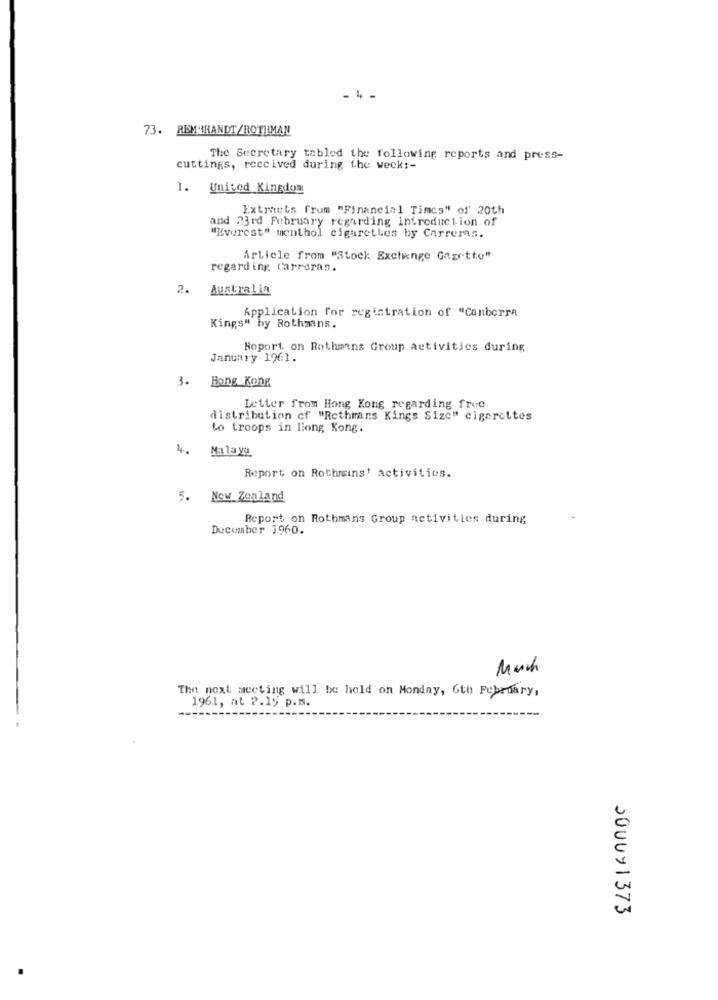
- 4 -
73. REMBRANDT/ROTHMAN
The Secretary tabled the following reports and press-
cuttings, received during the week :-
1. United Kingdom
Extracts from "Financial Times" of' 20th
and 23rd February regarding introduction of
"Everest" menthol cigaretles by Carreras.
Article from "Stock Exchange Gazette"
regard ing. Carreras.
2.
Australia
Application for registration of "Canberra
Kings" by Rothmans.
Roport on Rothmans Group activities during
January 1961.
3. Hong Kong
Letter from Hong Kong regarding frue
distribution cf "Rothmans Kings Size" cigarettes
to troops in liong Kong.
4. Malaya
Report on Rothrains' activities.
5. New Zealand
Report on Rothmans Group activities during
December 1960.
The next meeting will be held on Monday, 6th February,
1961, at ?. 15 p.m.
5000Y 1373